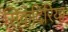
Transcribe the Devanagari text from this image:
सिकंदिरिया